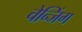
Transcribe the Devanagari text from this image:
चेन्जिंग